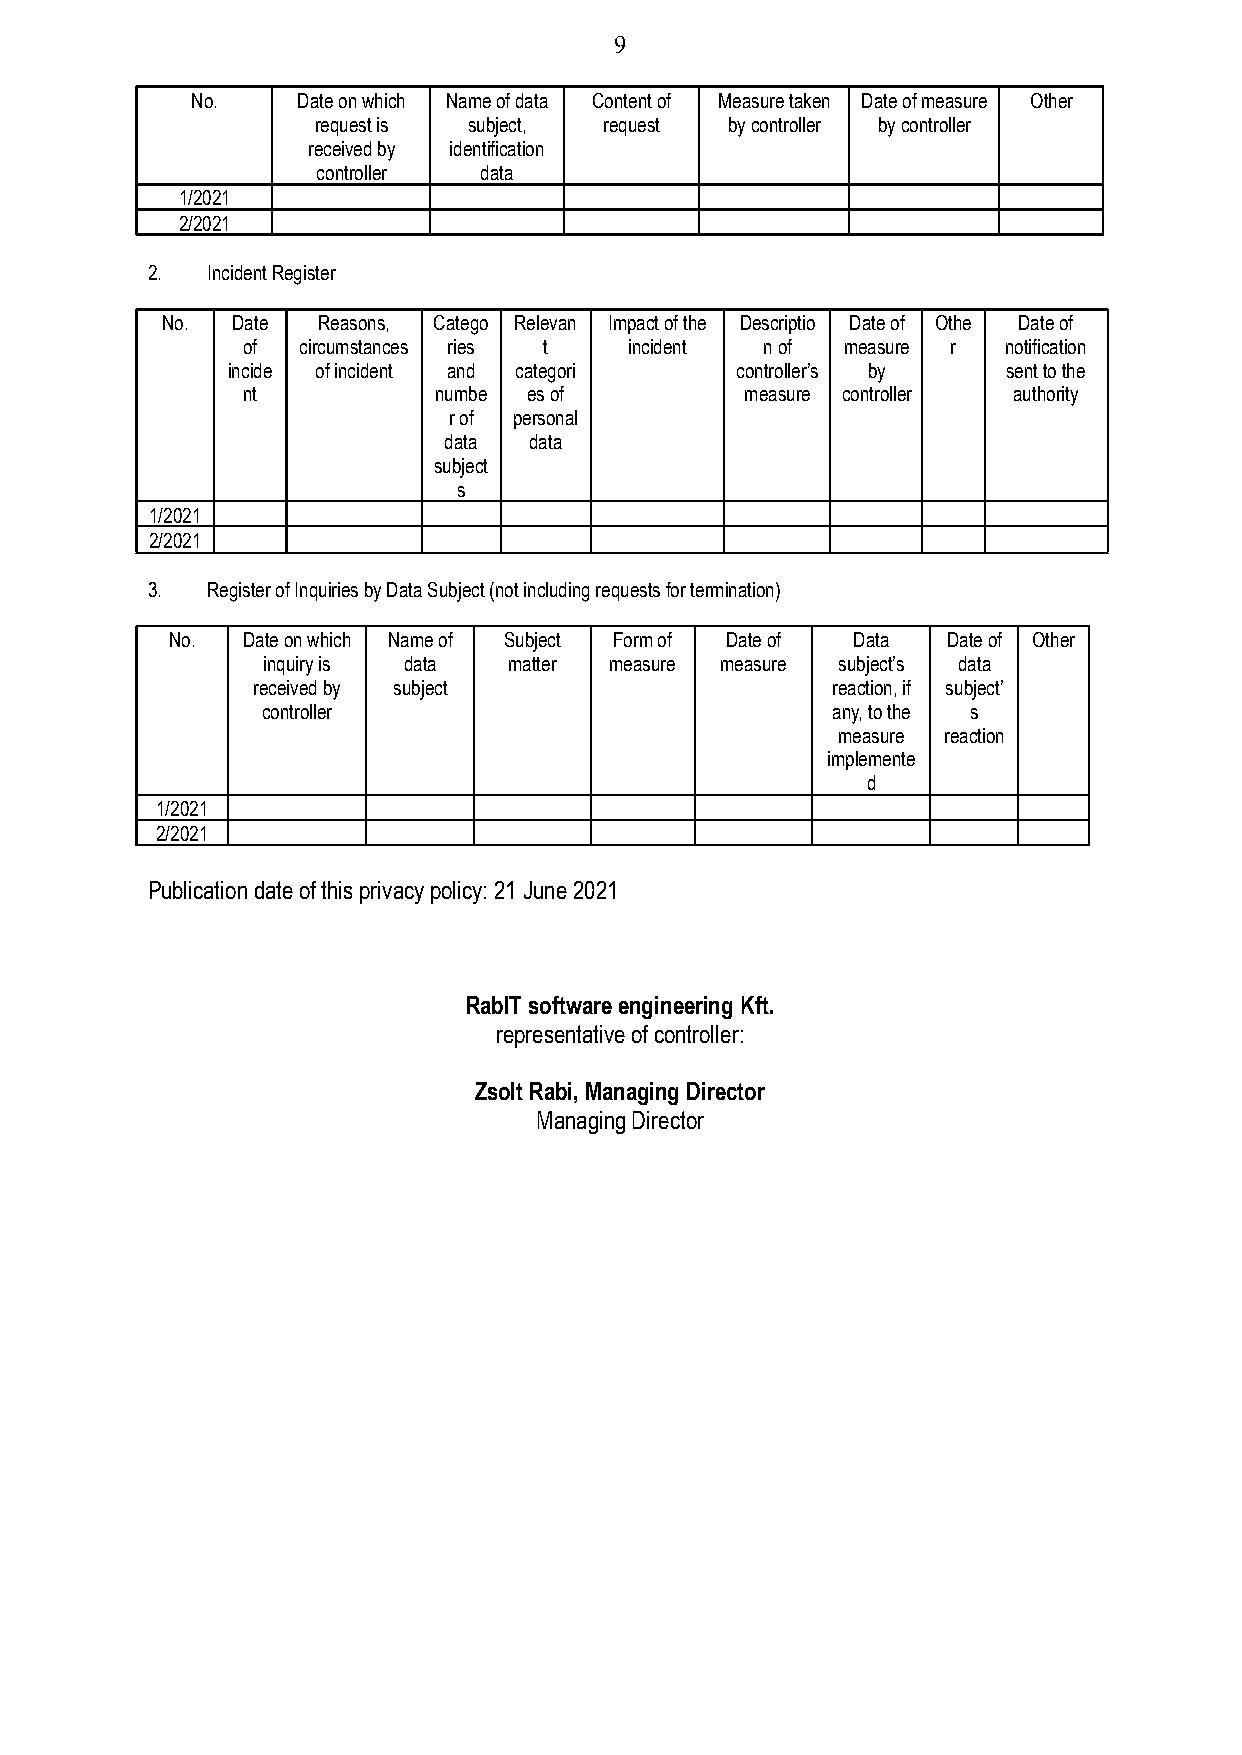
9
 No.    Date on which Name of data Content of Measure taken Date of measure Other
 request is subject, request by controller by controller
 received by identification
 controller data
 1/2021
 2/2021
 2.  Incident Register
 No. Date  Reasons, Catego Relevan Impact of the Descriptio Date of Othe Date of
 of  circumstances ries t  incident n of measure r  notification
 incide of incident and categori   controller’s by   sent to the
 nt           numbe es of         measure controller authority
 r of personal
 data  data
 subject
 s
 1/2021
 2/2021
 3.  Register of Inquiries by Data Subject (not includingrequests for termination)
 No.  Date on which Name of Subject Form of Date of Data Date of Other
 inquiry is data  matter measure measure subject’s data
 received by subject                   reaction, if subject’
 controller                            any, to the s
 measure reaction
 implemente
 d
 1/2021
 2/2021
 Publication date of this privacy policy: 21 June 2021
 RabIT software engineering Kft.
 representative of controller:
 Zsolt Rabi, Managing Director
 Managing Director